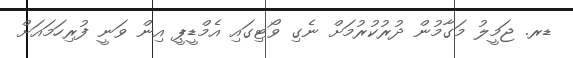
ޑރ. ޖަމީލު މަގާމުން ދުރުކުރުމަށް ނެގި ވޯޓިގައި އެމްޑީޕީ އިން ވަނީ ފުރިހަމައަށް